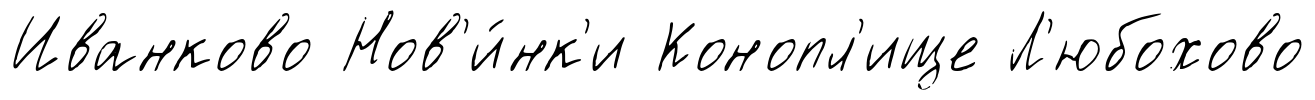
Иванково Нов'и́нк'и Конопл'ище Л'юбохово